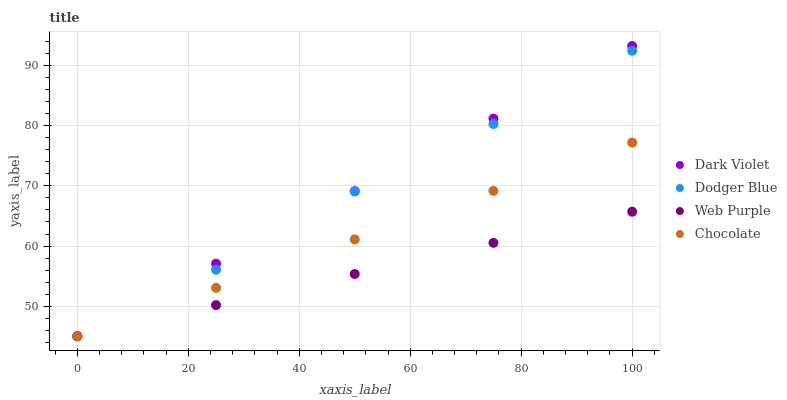
| xaxis_label | Dark Violet | Dodger Blue | Web Purple | Chocolate |
 | --- | --- | --- | --- | --- |
 | 0 | 45 | 45 | 45 | 45 |
 | 25 | 57.1 | 56.1 | 50.2 | 53.1 |
 | 50 | 69.1 | 69.1 | 55.4 | 61.1 |
 | 75 | 81.2 | 80.3 | 60.5 | 69.2 |
 | 100 | 93.3 | 92.5 | 65.7 | 77.2 |